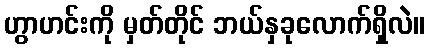
ဟွာဟင်းကို မှတ်တိုင် ဘယ်နှခုလောက်ရှိလဲ။